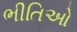
ભીતિઓ